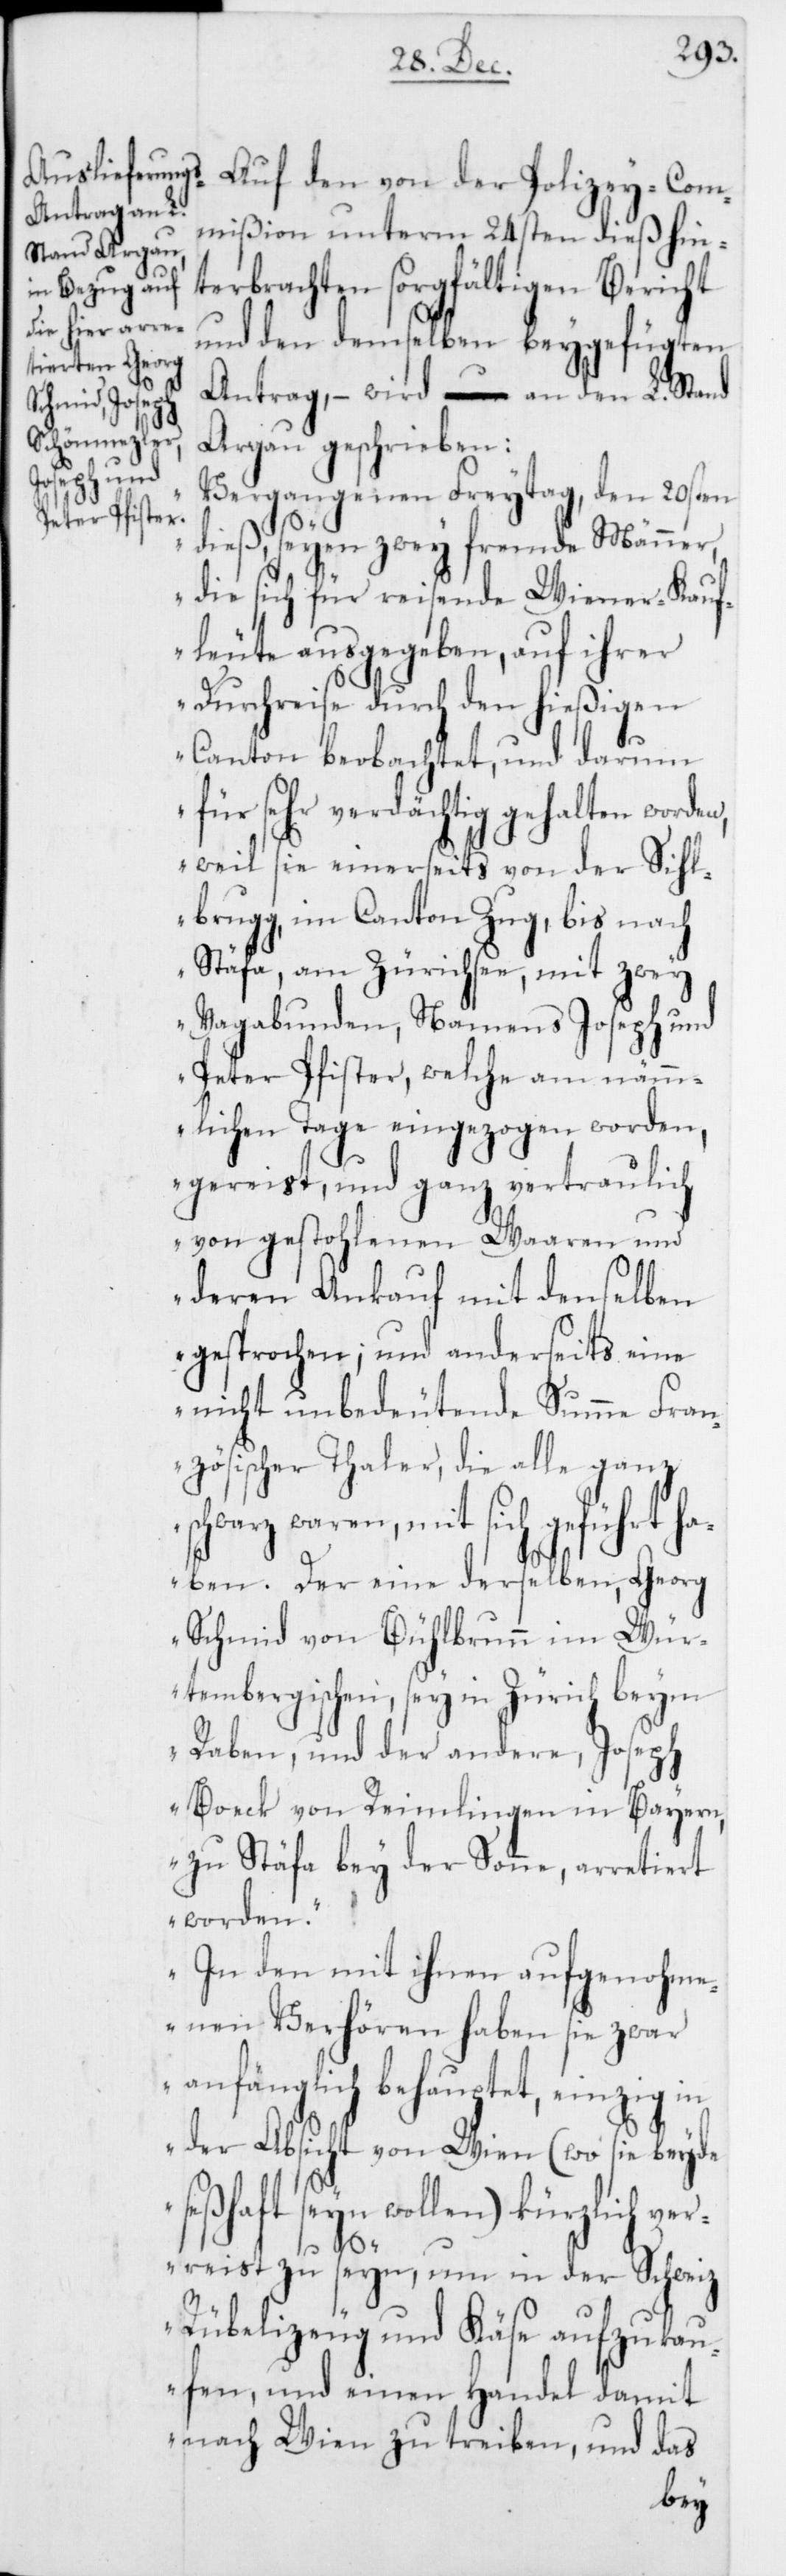
Auf den von der Polizey-Com¬
mißion unterm 24sten dieß hin¬
terbrachten sorgfältigen Bericht
und den demselben beygefügten
Antrag, – wird an den L. Stand
Argau geschrieben:
„Vergangenen Freytag, den 20sten
dieß, seyen zwey fremde Männer,
die sich für reisende Wiener-Kauf¬
leute ausgegeben, auf ihrer
Durchreise durch den hießigen
Canton beobachtet, und darum
für sehr verdächtig gehalten worden,
weil sie einerseits von der Sihl¬
brugg im Canton Zug, bis nach
Stäfa am Zürichsee, mit zwey
Vagabunden, Namens Joseph und
Peter Pfister, welche am näm¬
mlichen Tage eingezogen worden,
gereist, und ganz vertraulich
von gestohlenen Waaren und
deren Ankauf mit denselben
gesprochen, und anderseits eine
nicht unbedeutende Summe Fran¬
zösischer Thaler, die alle ganz
schwarz waren, mit sich geführt ha¬
ben. Der eine derselben, Georg
Schmid von Bühlbrunn im Wür¬
tembergischen, sey in Zürich beym
Raben, und der andere, Joseph
Boeck von Reimlingen in Bayern,
zu Stäfa bey der Sonne, arretiert
worden.
In den mit ihnen aufgenohm¬
enen Verhören haben sie zwar
anfänglich behauptet, einzig in
der Absicht von Wien (wo sie beyde
seßhaft seyn wollen) kürzlich ver¬
reist zu seyn, um in der Schweiz
Rübelizeug und Käse aufzukau¬
fen, und einen Handel damit
nach Wien zu treiben, und das